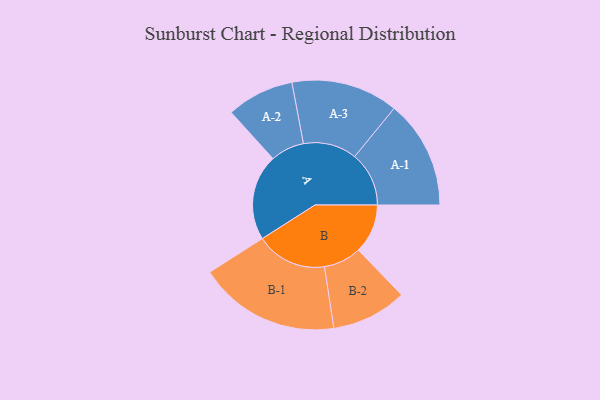
{"axis": {"x": "Segment", "y": "Value"}, "legend": ["", "A", "B"], "data": [{"x": "A", "y": 347, "type": ""}, {"x": "B", "y": 199, "type": ""}, {"x": "A-1", "y": 219, "type": "A"}, {"x": "A-2", "y": 136, "type": "A"}, {"x": "A-3", "y": 216, "type": "A"}, {"x": "B-1", "y": 286, "type": "B"}, {"x": "B-2", "y": 152, "type": "B"}]}